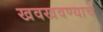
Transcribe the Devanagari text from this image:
खवखवण्याचे